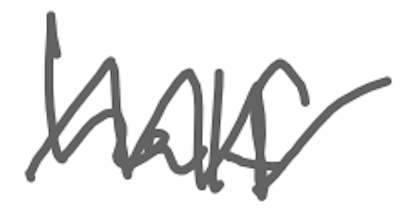
Text: half
Cross-out: zig-zag
Writing tool: digital_gray